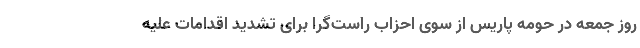
روز جمعه در حومه پاریس از سوی احزاب راست‌گرا برای تشدید اقدامات علیه